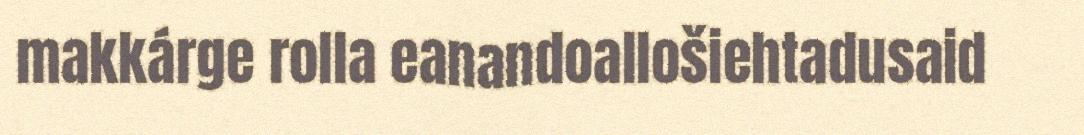
makkárge rolla eanandoallošiehtadusaid